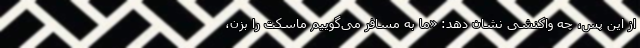
از این پس، چه واکنشی نشان دهد: «ما به مسافر می‌گوییم ماسکت را بزن،